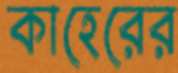
কাহেরের